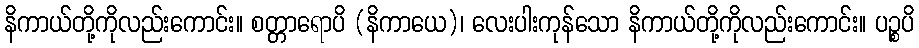
နိကာယ်တို့ကိုလည်းကောင်း။ စတ္တာရောပိ (နိကာယေ)၊ လေးပါးကုန်သော နိကာယ်တို့ကိုလည်းကောင်း။ ပဉ္စပိ